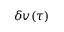
\delta v ( \tau )